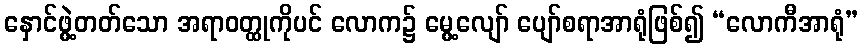
နှောင်ဖွဲ့တတ်သော အရာဝတ္ထုကိုပင် လောက၌ မွေ့လျော် ပျော်စရာအာရုံဖြစ်၍ “လောကီအာရုံ”